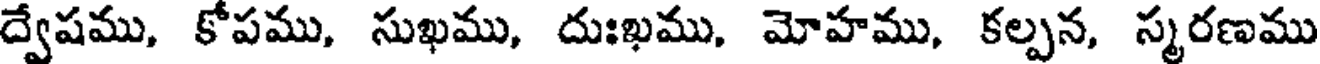
ద్వేషము, కోపము, సుఖము, దుఃఖము, మోహము, కల్పన, స్మరణము